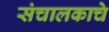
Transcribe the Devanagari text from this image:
संचालकाचे